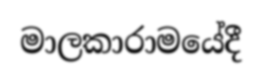
මාලකාරාමයේදී